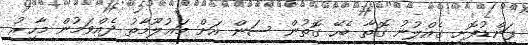
ފަންޑުފޮށި ގެއްލުނު ގޮތާ ބެހޭ ގޮތުން ސަން އަށް މަޢުލޫމާތު ދެއްވަމުން މާހިރު